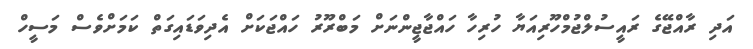
އަދި ރާއްޖޭގެ ރައީސުލްޖުމްހޫރިއަޔާ ހުރިހާ ހައްޖާޖީންނަށް މަބްރޫރު ހައްްޖަކަށް އެދިވަޑައިގަތް ކަަމަށްވެސް މަސީހް